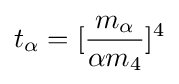
t_{\alpha }=[{\frac {m_{\alpha }}{\alpha m_{4}}}]^{4}